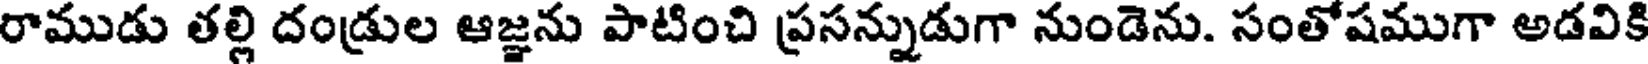
రాముడు తల్లి దండ్రుల ఆజ్ఞను పాటించి ప్రసన్నుడుగా నుండెను. సంతోషముగా అడవికి